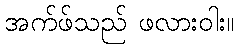
အက်ဖ်သည် ဖလားဝါး။